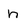
Character: h